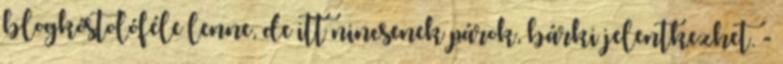
blogkóstolóféle lenne, de itt nincsenek párok, bárki jelentkezhet. -